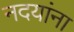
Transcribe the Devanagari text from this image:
नदयांना